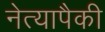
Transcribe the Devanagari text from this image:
नेत्यापैकी